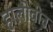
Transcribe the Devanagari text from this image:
हालोवीन